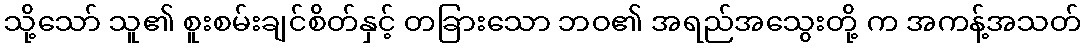
သို့သော် သူ၏ စူးစမ်းချင်စိတ်နှင့် တခြားသော ဘဝ၏ အရည်အသွေးတို့ က အကန့်အသတ်